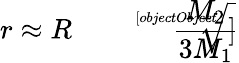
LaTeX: r\approx R{\sqrt[[objectObject]]{\frac{M_{2}}{3M_{1}}}}